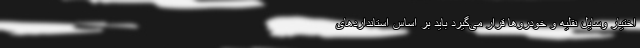
اختیار وسایل نقلیه و خودروها قرار می‌گیرد باید بر اساس استانداردهای